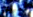
بتطبيق